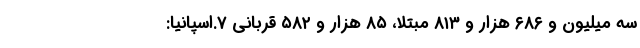
سه میلیون و ۶۸۶ هزار و ۸۱۳ مبتلا، ۸۵ هزار و ۵۸۲ قربانی ۷.اسپانیا: